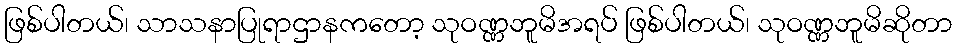
ဖြစ်ပါတယ်၊ သာသနာပြုရာဌာနကတော့ သုဝဏ္ဏဘူမိအရပ် ဖြစ်ပါတယ်၊ သုဝဏ္ဏဘူမိဆိုတာ